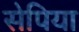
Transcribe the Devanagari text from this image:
सेपिया